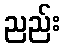
ညည်း